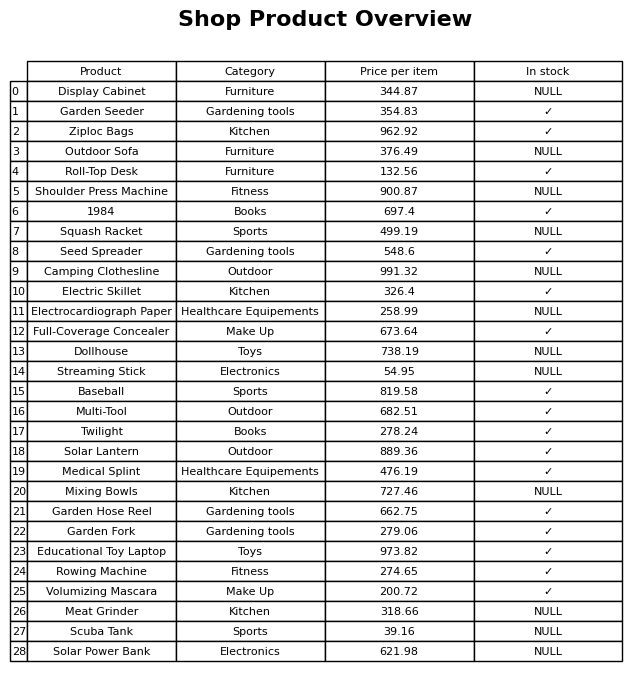
question: What is the price of the Dollhouse?
answer: The price of Dollhouse is 738.19.